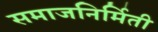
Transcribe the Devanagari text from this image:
समाजनिर्मिती